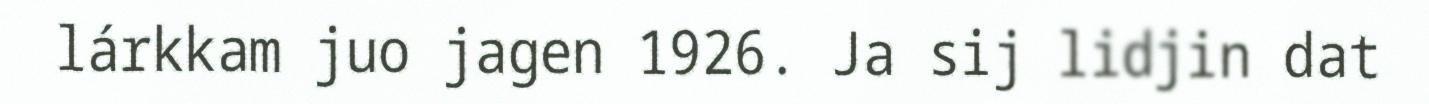
lárkkam juo jagen 1926. Ja sij lidjin dat